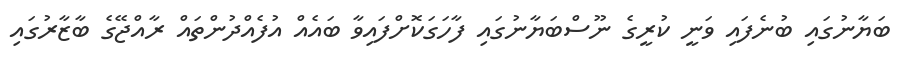
ބަޔާނުގައި ބުނެފައި ވަނީ ކުރީގެ ނޫސްބަޔާނުގައި ފާހަގަކޮށްފައިވާ ބައެއް އުފެއްދުންތައް ރާއްޖޭގެ ބާޒާރުގައި